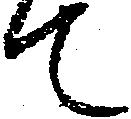
て